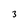
Character: 3